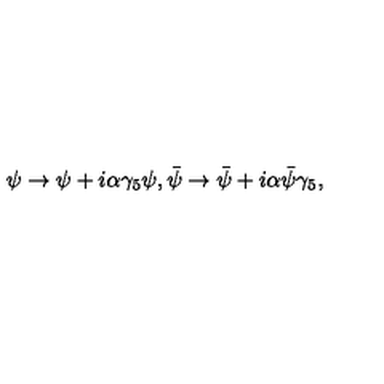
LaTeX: \psi \to \psi + i \alpha \gamma _ { 5 } \psi , { \bar { \psi } } \to { \bar { \psi } } + i \alpha { \bar { \psi } } \gamma _ { 5 } ,